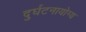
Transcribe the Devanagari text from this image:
दुर्घटनायोग्य